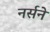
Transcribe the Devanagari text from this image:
नर्सने